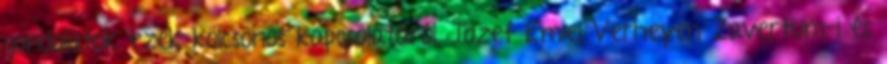
gondolatok ezek kölcsönös kapcsolatáról, Jozef Emiel Verheyen Zavertum-i és